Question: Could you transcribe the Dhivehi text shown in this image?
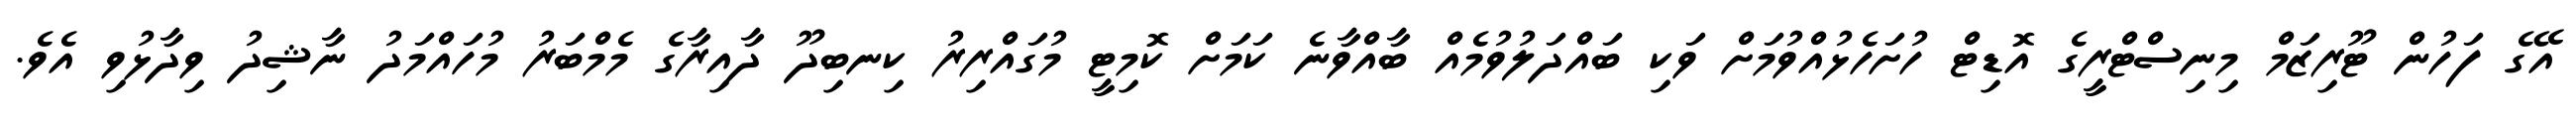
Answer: އޭގެ ފަހުން ޓޫރިޒަމް މިނިސްޓްރީގެ އޮޑިޓް ހުށަހެޅުއްވުމަށް ވަކި ބައްދަލުވުމެއް ބާއްވާނެ ކަމަށް ކޮމިޓީ މުގައްރިރު ކިނބިދޫ ދާއިރާގެ މެމްބަރު މުހައްމަދު ނާޝިދު ވިދާޅުވި އެވެ.